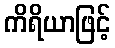
ကိရိယာဖြင့်